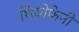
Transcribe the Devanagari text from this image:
थियोफेनी